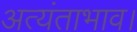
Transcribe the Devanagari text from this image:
अत्यंताभाव।